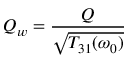
Q _ { w } = { \frac { Q } { \sqrt { T _ { 3 1 } ( \omega _ { 0 } ) } } }